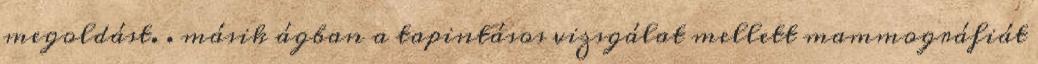
megoldást. . másik ágban a tapintásos vizsgálat mellett mammográfiát